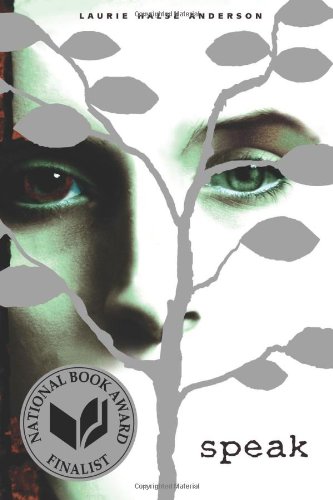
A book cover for Speak; Laurie Halse Anderson; Teen & Young Adult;